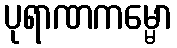
ပုရာဏကမ္မော